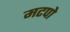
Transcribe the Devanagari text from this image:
मटपो